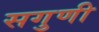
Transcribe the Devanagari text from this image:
सगुणी